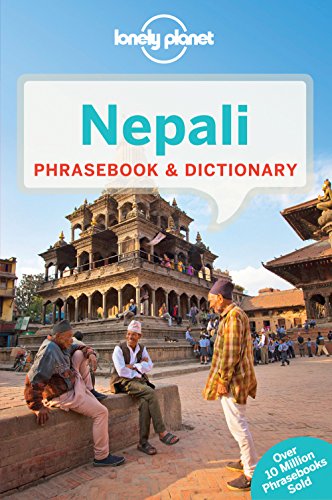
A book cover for Lonely Planet Nepali Phrasebook & Dictionary; Lonely Planet; Travel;